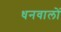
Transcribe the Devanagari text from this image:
धनवालों